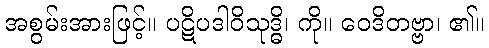
အစွမ်းအားဖြင့်။ ပဋိပဒါဝိသုဒ္ဓိ၊ ကို။ ဝေဒိတဗ္ဗာ၊ ၏။